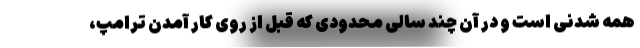
همه شدنی است و در آن چند سالی محدودی که قبل از روی کار آمدن ترامپ،